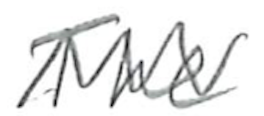
Text: The
Cross-out: zig-zag
Writing tool: pencil